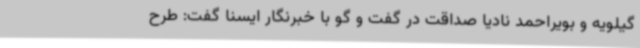
گیلویه و بویراحمد نادیا صداقت در گفت و گو با خبرنگار ایسنا گفت: طرح